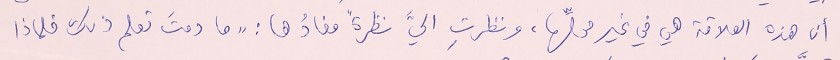
ان هذه العلاقة هي في غير محلِّها، ونظرتِ اليَّ نظرةً مفادُها : "ما دمتَ تعلم ذلك فلماذا